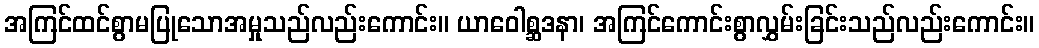
အကြင်ထင်စွာမပြုသောအမှုသည်လည်းကောင်း။ ယာဝေါစ္ဆဒနာ၊ အကြင်ကောင်းစွာလွှမ်းခြင်းသည်လည်းကောင်း။